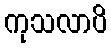
ကုသလာပိ